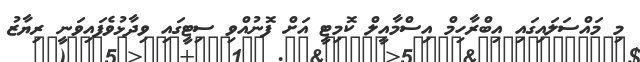
މި މައްސަލައިގައި އިބްރާހިމް އިސްމާއީލް ކޮމިޓީ އަށް ފޮނުއްވި ސިޓީގައި ވިދާޅުވެފައިވަނީ ރިޔާޒު